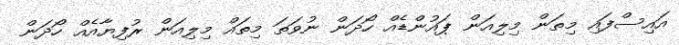
އައިސްފައި މިތަން މިލިއަން ޕައުންޑެއް ހޯދަން ނުވަތަ މިތައް މިލިއަން ރުފިޔާއެއް ހޯދަން